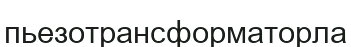
пьезотрансформаторла